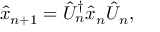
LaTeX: \hat { x } _ { n + 1 } = \hat { U } _ { n } ^ { \dagger } \hat { x } _ { n } \hat { U } _ { n } ,